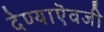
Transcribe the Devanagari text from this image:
देण्याऎवजी